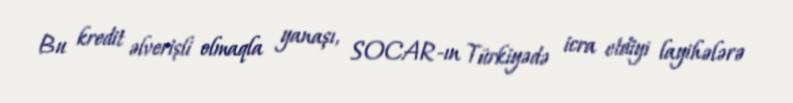
Bu kredit əlverişli olmaqla yanaşı, SOCAR-ın Türkiyədə icra etdiyi layihələrə